Leaving Certificate Examination, 1913
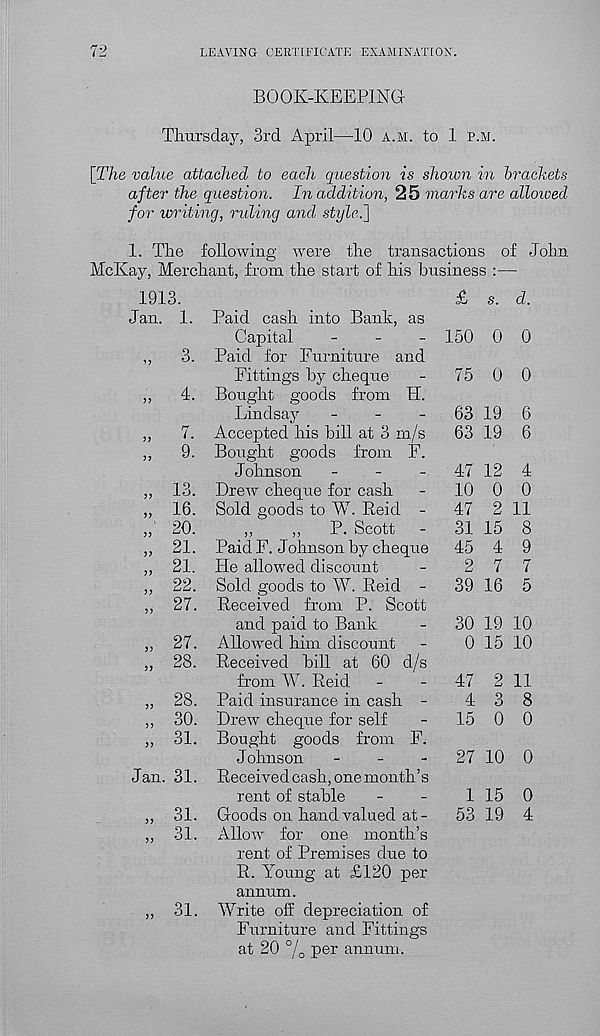
LEAVING CERTIFICATE EXAMINATION.
BOOK-KEEPING
Thursday, 3rd April—10 a.m. to 1 p.m.
[The value attached to each question is shown in brackets
after the question. In addition, 25 marks are allowed
for writing, riding and stylci]
1. The following were the transactions of John
McKay, Merchant, from the start of his business :—
1913.
Jan. 1.
„
3.
„
4.
J7
>>
7.
9.
13.
16.
20.
21.
21.
22.
27.
27.
28.
„ 30.
„ 31.
Jan. 31.
31.
31.
31.
£ s. d.
Paid cash into Bank, as
Capital
_
_
_ 150 0 0
Paid for Furniture and
Fittings by cheque
-
75 0 0
Bought goods from PI.
Lindsay
-
-
-
63 19 6
Accepted his bill at 3 m/s
63 19 6
Bought goods from F.
Johnson
_
_
_
4.7 12 4
Drew cheque for cash
-
10 0 0
Sold goods to W. Reid -
47 2 11
,,
,,
P. Scott
-
31 15 8
Paid F. Johnson by cheque
45 4 9
He allowed discount
-
2 7 7
Sold goods to W. Reid -
39 16 5
Received from P. Scott
and paid to Bank
-
30 19 10
Slowed him discount
-
0 15 10
Received bill at 60 cl/s
from W. Reid
-
-
47 2 11
Paid insurance in cash -
4 3 8
Drew cheque for self
-
15 0 0
Bought goods from F.
Johnson
-
-
-
27 10 0
Received cash, one month’s
rent of stable
-
-
1 15 0
Goods on hand valued at -
53 19 4
Allow for one month’s
rent of Premises clue to
R. Young at £120 per
annum.
Write olf depreciation of
Furniture and Fittings
at 20 % per annum.